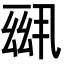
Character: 𪜆